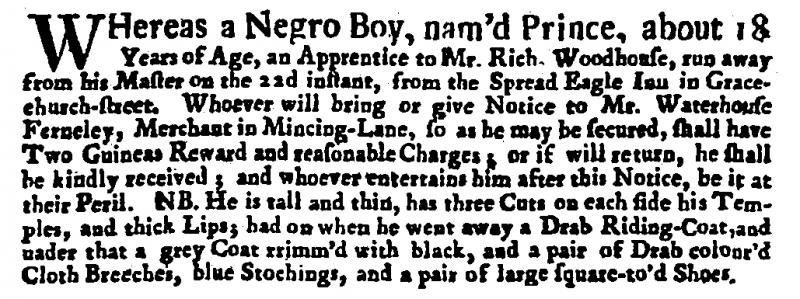
Post Boy (1695), 29 September 1719 (England)
WHereas a Negro Boy, nam’d Prince, about 18 Years of Age, an Apprentice to Mr. Rich. Woodhouse, run away from his Master on the 22d instant, from the Spread Eagle Inn in Gracechurch-street. Whoever will bring or give Notice to Mr. Waterhouse Ferneley, Merchant in Mincing-Lane, so as he may be secured, shall have Two Guineas Reward and reasonable Charges; or if will return, he shall be kindly received; and whoever entertains him after this Notice, be it at their Peril. NB. He is tall and thin, has three Cuts on each side his Temples, and thick Lips; had on when he went away a Drab Riding-Coat, and under that a grey Coat trimm’d with black, and a pair of Drab colour’d Cloth Breeches, blue Stockings, and a pair of large square-to’d Shoes.